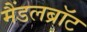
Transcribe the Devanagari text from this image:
मैंडलब्रॉट